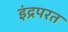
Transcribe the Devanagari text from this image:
इंद्रपरत